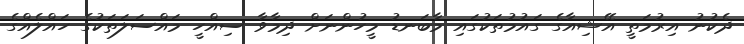
ދެކުނު އިރުމަތީ އޭޝިއާގެ ގައުމުތަކުގައި މާބަނޑު މީހުންނަށް ދިމާވާ ސިއްހީ މައްސަލަތަކުގެ ހައްލެއްގެ